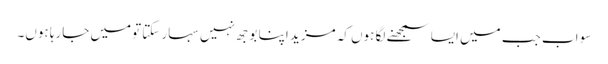
سو اب جب میں ایسا سمجھنے لگا ہوں کہ مزید اپنا بوجھ نہیں سہار سکتا تومیں جارہا ہوں۔